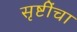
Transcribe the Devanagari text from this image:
सृष्टींचा